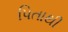
પિતાથી